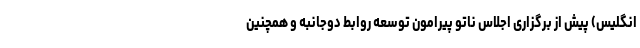
انگلیس) پیش از برگزاری اجلاس ناتو پیرامون توسعه روابط دوجانبه و همچنین